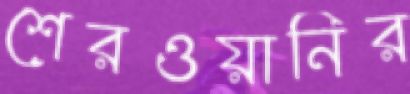
শেরওয়ানির